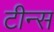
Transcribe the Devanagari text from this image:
टीन्स